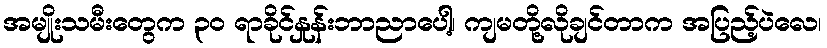
အမျိုးသမီးတွေက ၃ဝ ရာခိုင်နှုန်းဘာညာပေါ့၊ ကျမတို့လိုချင်တာက အပြည့်ပဲလေ၊